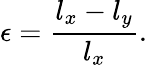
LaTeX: \epsilon=\frac{l_{x}-l_{y}}{l_{x}}.